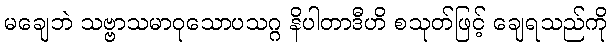
မချေဘဲ သဗ္ဗာသမာဝုသောပသဂ္ဂ နိပါတာဒီဟိ စသုတ်ဖြင့် ချေရသည်ကို